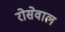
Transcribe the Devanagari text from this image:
रोसेवाल